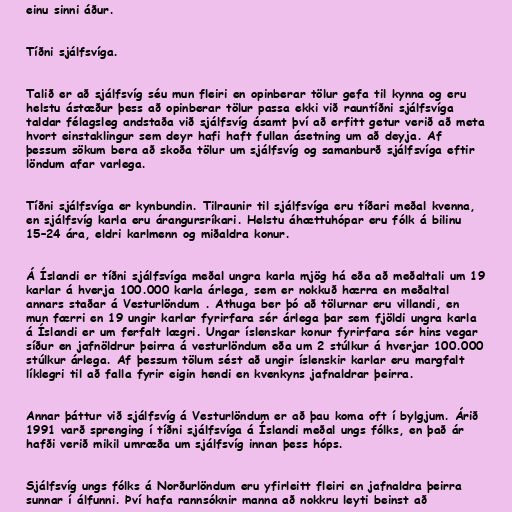
einu sinni áður.

Tíðni sjálfsvíga.

Talið er að sjálfsvíg séu mun fleiri en opinberar tölur gefa til kynna og eru
helstu ástæður þess að opinberar tölur passa ekki við rauntíðni sjálfsvíga
taldar félagsleg andstaða við sjálfsvíg ásamt því að erfitt getur verið að meta
hvort einstaklingur sem deyr hafi haft fullan ásetning um að deyja. Af
þessum sökum bera að skoða tölur um sjálfsvíg og samanburð sjálfsvíga eftir
löndum afar varlega.

Tíðni sjálfsvíga er kynbundin. Tilraunir til sjálfsvíga eru tíðari meðal kvenna,
en sjálfsvíg karla eru árangursríkari. Helstu áhættuhópar eru fólk á bilinu
15–24 ára, eldri karlmenn og miðaldra konur.

Á Íslandi er tíðni sjálfsvíga meðal ungra karla mjög há eða að meðaltali um 19
karlar á hverja 100.000 karla árlega, sem er nokkuð hærra en meðaltal
annars staðar á Vesturlöndum . Athuga ber þó að tölurnar eru villandi, en
mun færri en 19 ungir karlar fyrirfara sér árlega þar sem fjöldi ungra karla
á Íslandi er um ferfalt lægri. Ungar íslenskar konur fyrirfara sér hins vegar
síður en jafnöldrur þeirra á vesturlöndum eða um 2 stúlkur á hverjar 100.000
stúlkur árlega. Af þessum tölum sést að ungir íslenskir karlar eru margfalt
líklegri til að falla fyrir eigin hendi en kvenkyns jafnaldrar þeirra.

Annar þáttur við sjálfsvíg á Vesturlöndum er að þau koma oft í bylgjum. Árið
1991 varð sprenging í tíðni sjálfsvíga á Íslandi meðal ungs fólks, en það ár
hafði verið mikil umræða um sjálfsvíg innan þess hóps.

Sjálfsvíg ungs fólks á Norðurlöndum eru yfirleitt fleiri en jafnaldra þeirra
sunnar í álfunni. Því hafa rannsóknir manna að nokkru leyti beinst að